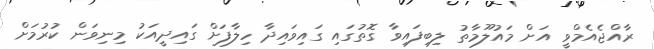
ރާއްޖެއެމްވީ އަށް މައުލޫމާތު ލިބިފައިވާ ގޮތުގައި ގައިވައިދާ ހިލާފަށް ގައިދީއަކު މިނިވަން ކުރުމަށް